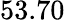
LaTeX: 53.70